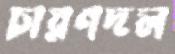
চারণদল